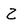
Character: Z